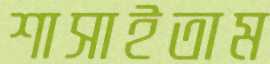
শাসাইতাম